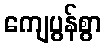
ကျေပွန်စွာ